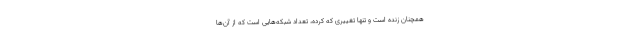
همچنان زنده است و تنها تغییری که کرده، تعداد شبکه‌هایی است که از آن‌ها